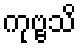
ကုဗ္ဗသိ